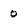
Character: 0